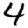
Digit: 4